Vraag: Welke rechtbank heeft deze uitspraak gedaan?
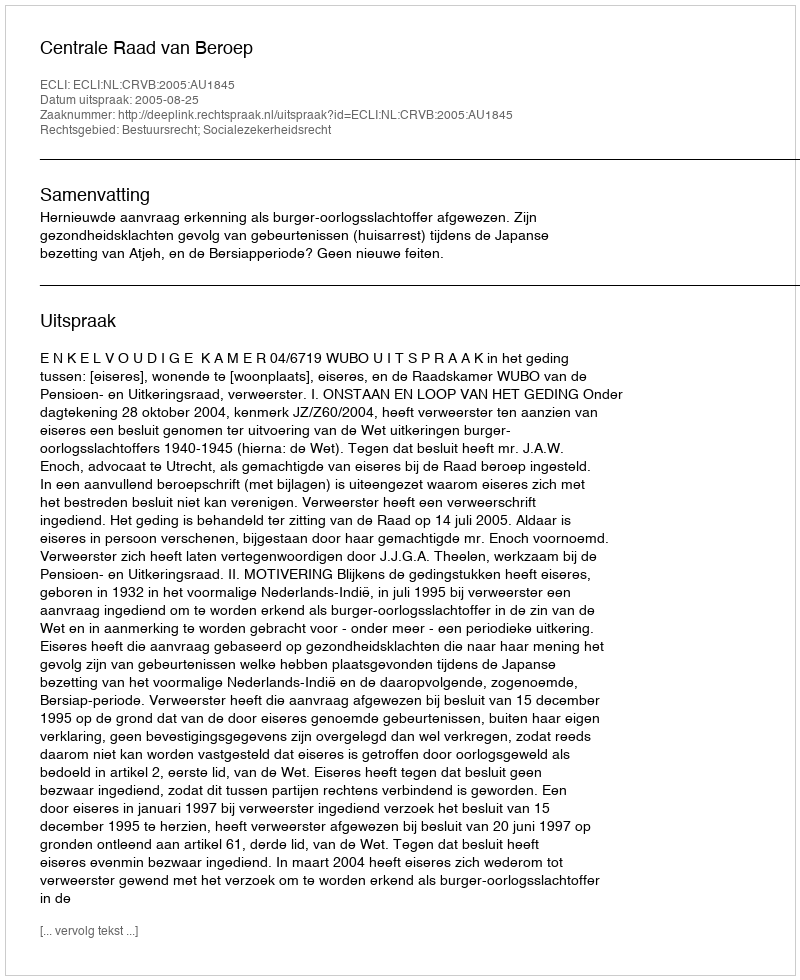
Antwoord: Centrale Raad van Beroep